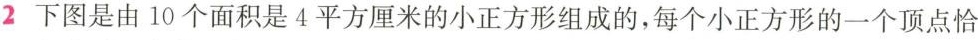
2 下图是由10个面积是4平方厘米的小正方形组成的，每个小正方形的一个顶点恰